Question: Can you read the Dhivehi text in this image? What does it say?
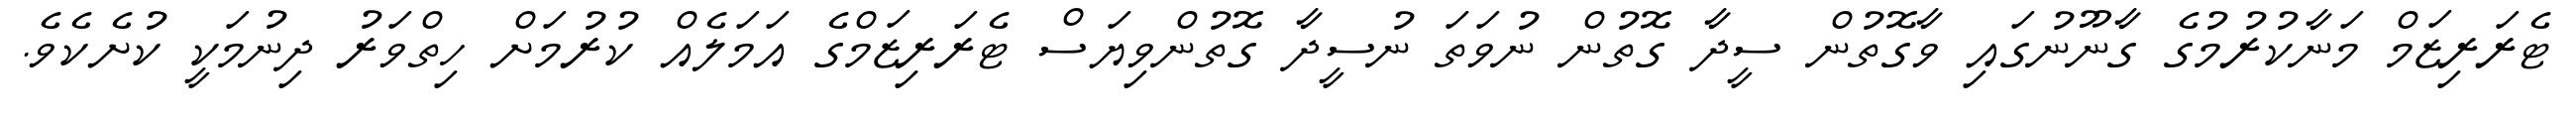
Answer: ޓެރަރިޒަމް މަނާކުރުމުގެ ގާނޫނުގައި ވާގޮތުން ސީދާ ގޮތުން ނުވަތަ ނުސީދާ ގޮތުންވިޔަސް ޓެރަރިޒަމްގެ އަމަލެއް ކުރުމަށް ހިތްވަރު ދިނުމަކީ ކުށެކެވެ.